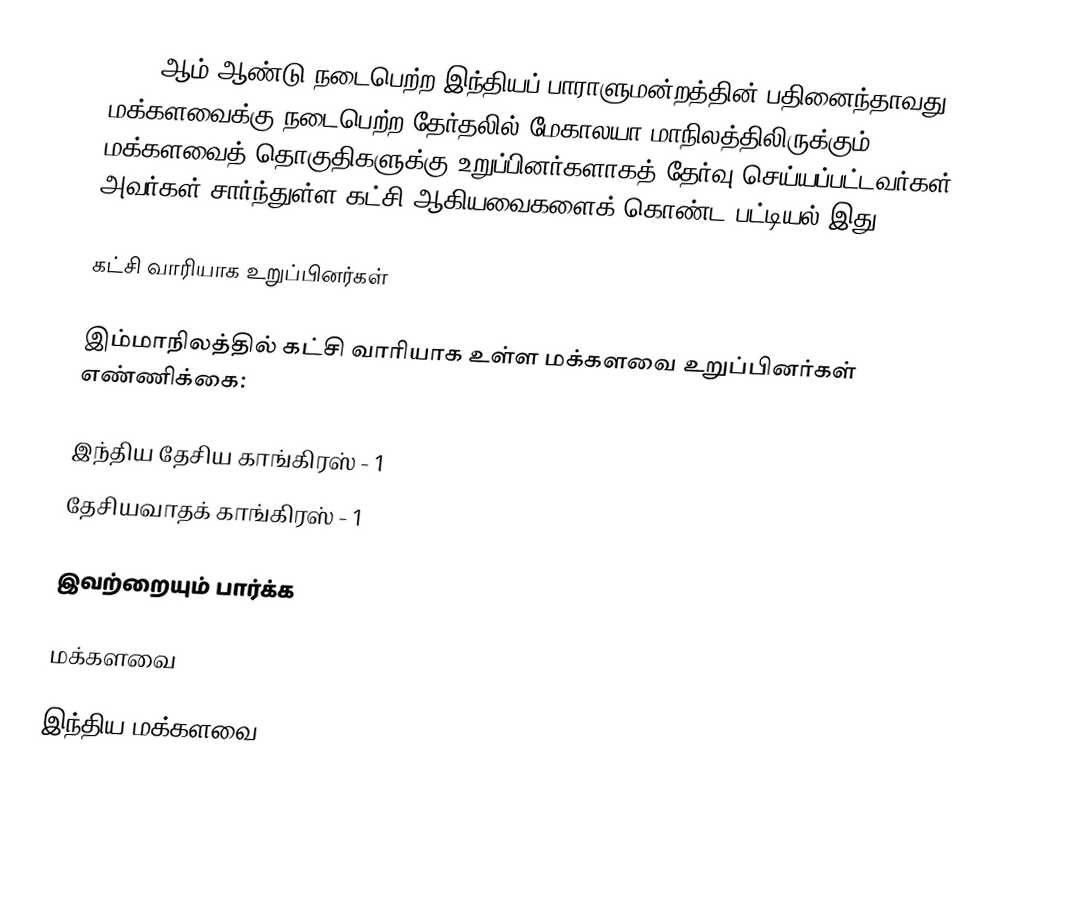
2009 ஆம் ஆண்டு நடைபெற்ற இந்தியப் பாராளுமன்றத்தின் பதினைந்தாவது மக்களவைக்கு நடைபெற்ற தேர்தலில் மேகாலயா மாநிலத்திலிருக்கும் 2 மக்களவைத் தொகுதிகளுக்கு உறுப்பினர்களாகத் தேர்வு செய்யப்பட்டவர்கள், அவர்கள் சார்ந்துள்ள கட்சி ஆகியவைகளைக் கொண்ட பட்டியல் இது.

கட்சி வாரியாக உறுப்பினர்கள்

இம்மாநிலத்தில் கட்சி வாரியாக உள்ள மக்களவை உறுப்பினர்கள் எண்ணிக்கை:

இந்திய தேசிய காங்கிரஸ் - 1
தேசியவாதக் காங்கிரஸ் - 1

இவற்றையும் பார்க்க

 மக்களவை

இந்திய மக்களவை